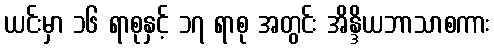
ယင်းမှာ ၁၆ ရာစုနှင့် ၁၇ ရာစု အတွင်း အိန္ဒိယဘာသာစကား